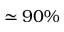
\simeq 9 0 \%